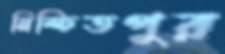
নিশ্চিতপুর